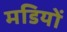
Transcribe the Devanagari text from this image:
मडियों